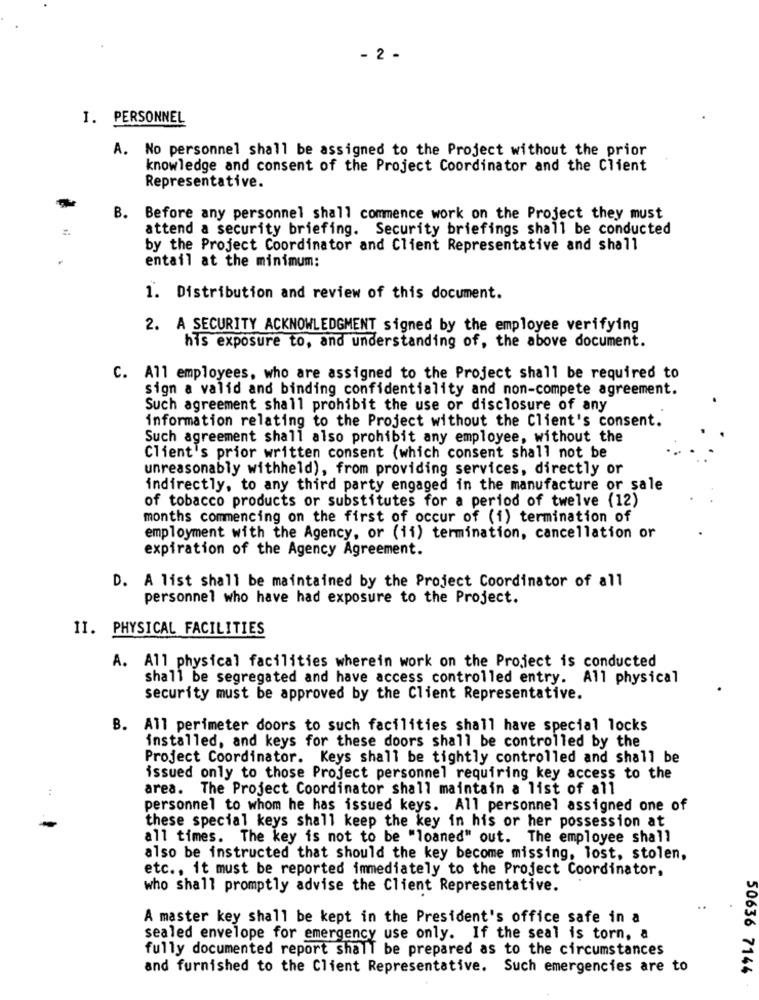
- 2 -
I. PERSONNEL
A. No personnel shall be assigned to the Project without the prior
knowledge and consent of the Project Coordinator and the Client
Representative.
B. Before any personnel shall commence work on the Project they must
attend a security briefing. Security briefings shall be conducted
by the Project Coordinator and Client Representative and shall
.
entail at the minimum:
1. Distribution and review of this document.
2. A SECURITY ACKNOWLEDGMENT signed by the employee verifying
his exposure to, and understanding of, the above document.
C. All employees, who are assigned to the Project shall be required to
sign a valid and binding confidentiality and non-compete agreement.
Such agreement shall prohibit the use or disclosure of any
information relating to the Project without the Client's consent.
Such agreement shall also prohibit any employee, without the
Client's prior written consent (which consent shall not be
unreasonably withheld), from providing services, directly or
indirectly, to any third party engaged in the manufacture or sale
of tobacco products or substitutes for a period of twelve (12)
months commencing on the first of occur of (i) termination of
employment with the Agency, or (ii) termination, cancellation or
expiration of the Agency Agreement.
D. A list shall be maintained by the Project Coordinator of all
personnel who have had exposure to the Project.
II. PHYSICAL FACILITIES
A. All physical facilities wherein work on the Project is conducted
shall be segregated and have access controlled entry. All physical
security must be approved by the Client Representative.
B. All perimeter doors to such facilities shall have special locks
installed, and keys for these doors shall be controlled by the
Project Coordinator. Keys shall be tightly controlled and shall be
issued only to those Project personnel requiring key access to the
area. The Project Coordinator shall maintain a list of all
personnel to whom he has issued keys. All personnel assigned one of
these special keys shall keep the key in his or her possession at
all times. The key is not to be "loaned" out. The employee shall
also be instructed that should the key become missing, lost, stolen,
etc ., it must be reported immediately to the Project Coordinator,
who shall promptly advise the Client Representative.
A master key shall be kept in the President's office safe in a
sealed envelope for emergency use only. If the seal is torn, a
fully documented report shall be prepared as to the circumstances
and furnished to the Client Representative. Such emergencies are to
50636 7144